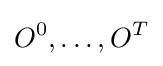
O^{0},\ldots ,O^{T}